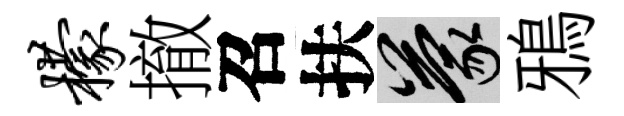
檬撤召扶蒙鴉